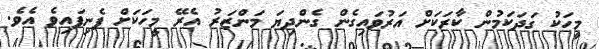
މީހަކު ގަދަކަމުން ކާރަކަށް އަރުވައިގެން ގެންދިޔަ މަންޒަރު އެރޭ މީހަކަށް ފެނިފައިވެ އެވެ.